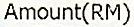
AMOUNT(RM)